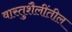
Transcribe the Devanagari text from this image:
वास्तुशैलींतील